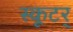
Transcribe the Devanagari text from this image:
स्कूटर्